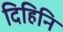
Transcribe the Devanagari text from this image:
दिहिनि